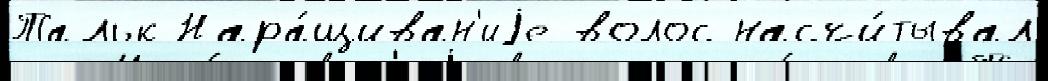
Тальк Нара́щиван'иjе волос насчи́тывал